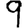
Digit: 9